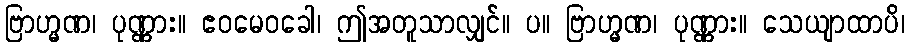
ဗြာဟ္မဏ၊ ပုဏ္ဏား။ ဧဝမေဝခေါ၊ ဤအတူသာလျှင်။ ပ။ ဗြာဟ္မဏ၊ ပုဏ္ဏား။ သေယျာထာပိ၊